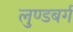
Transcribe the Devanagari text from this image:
लुण्डबर्ग